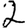
Digit: 2